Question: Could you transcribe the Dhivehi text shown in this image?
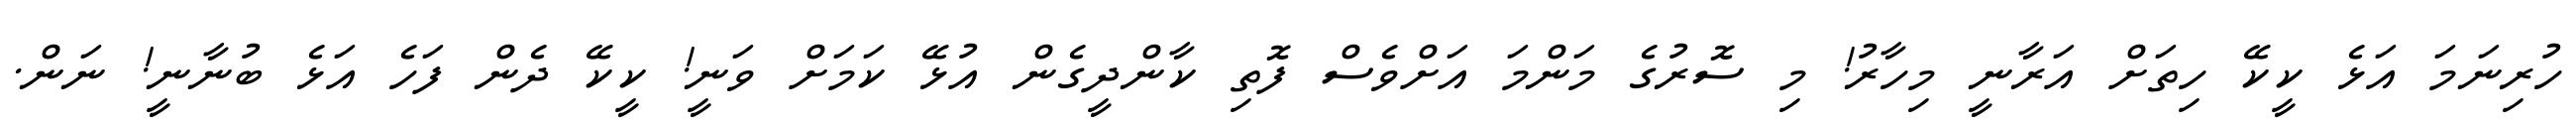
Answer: ހުރިނަމަ އަޅެ ކީކޭ ހިތަށް އަރާނީ މިހާރު! މި ސޮރުގެ މަންމަ އަށްވެސް ފޮތި ކާންދީގެން އުޅޭ ކަމަށް ވަނީ! ކީކޭ ދެން ފަހެ އަޅެ ބުނާނީ! ނަން.